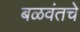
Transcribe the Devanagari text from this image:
बळवंतचे